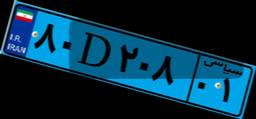
۳۶D۸۵۴۱۴